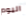
اليوم